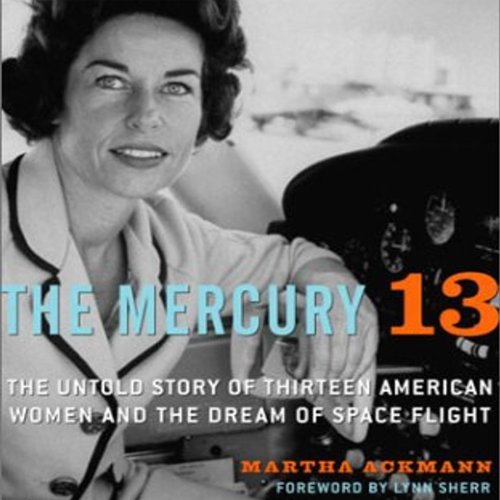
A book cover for The Mercury 13: The True Story of Thirteen Women and the Dream of Space Flight; Martha Ackmann; Politics & Social Sciences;